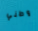
وطني